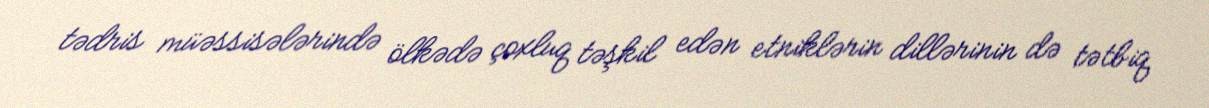
tədris müəssisələrində ölkədə çoxluq təşkil edən etniklərin dillərinin də tətbiq